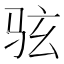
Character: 𫠊